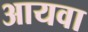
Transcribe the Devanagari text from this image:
आयवा